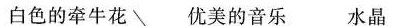
白色的牵牛花 优美的音乐 水晶